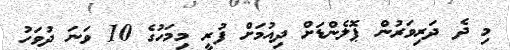
މި ދެ ދަރިވަރުން ޕޮލެންޑަށް ދިއުމަށް ފުރީ މިމަހުގެ 10 ވަނަ ދުވަހު